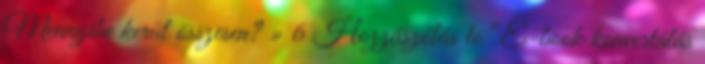
Mennyibe kerül összesen? » 6 Hozzászólás to “E-book konvertálás